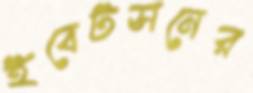
ইবেটসনের